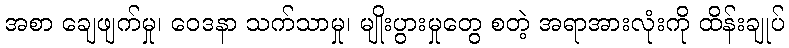
အစာ ချေဖျက်မှု၊ ဝေဒနာ သက်သာမှု၊ မျိုးပွားမှုတွေ စတဲ့ အရာအားလုံးကို ထိန်းချုပ်